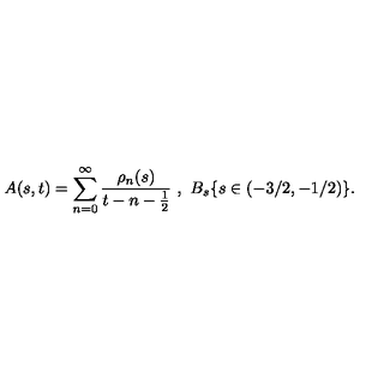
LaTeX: A ( s , t ) = \sum _ { n = 0 } ^ { \infty } \frac { \rho _ { n } ( s ) } { t - n - \frac { 1 } { 2 } } \ , \ B _ { s } \{ s \in ( - 3 / 2 , - 1 / 2 ) \} .